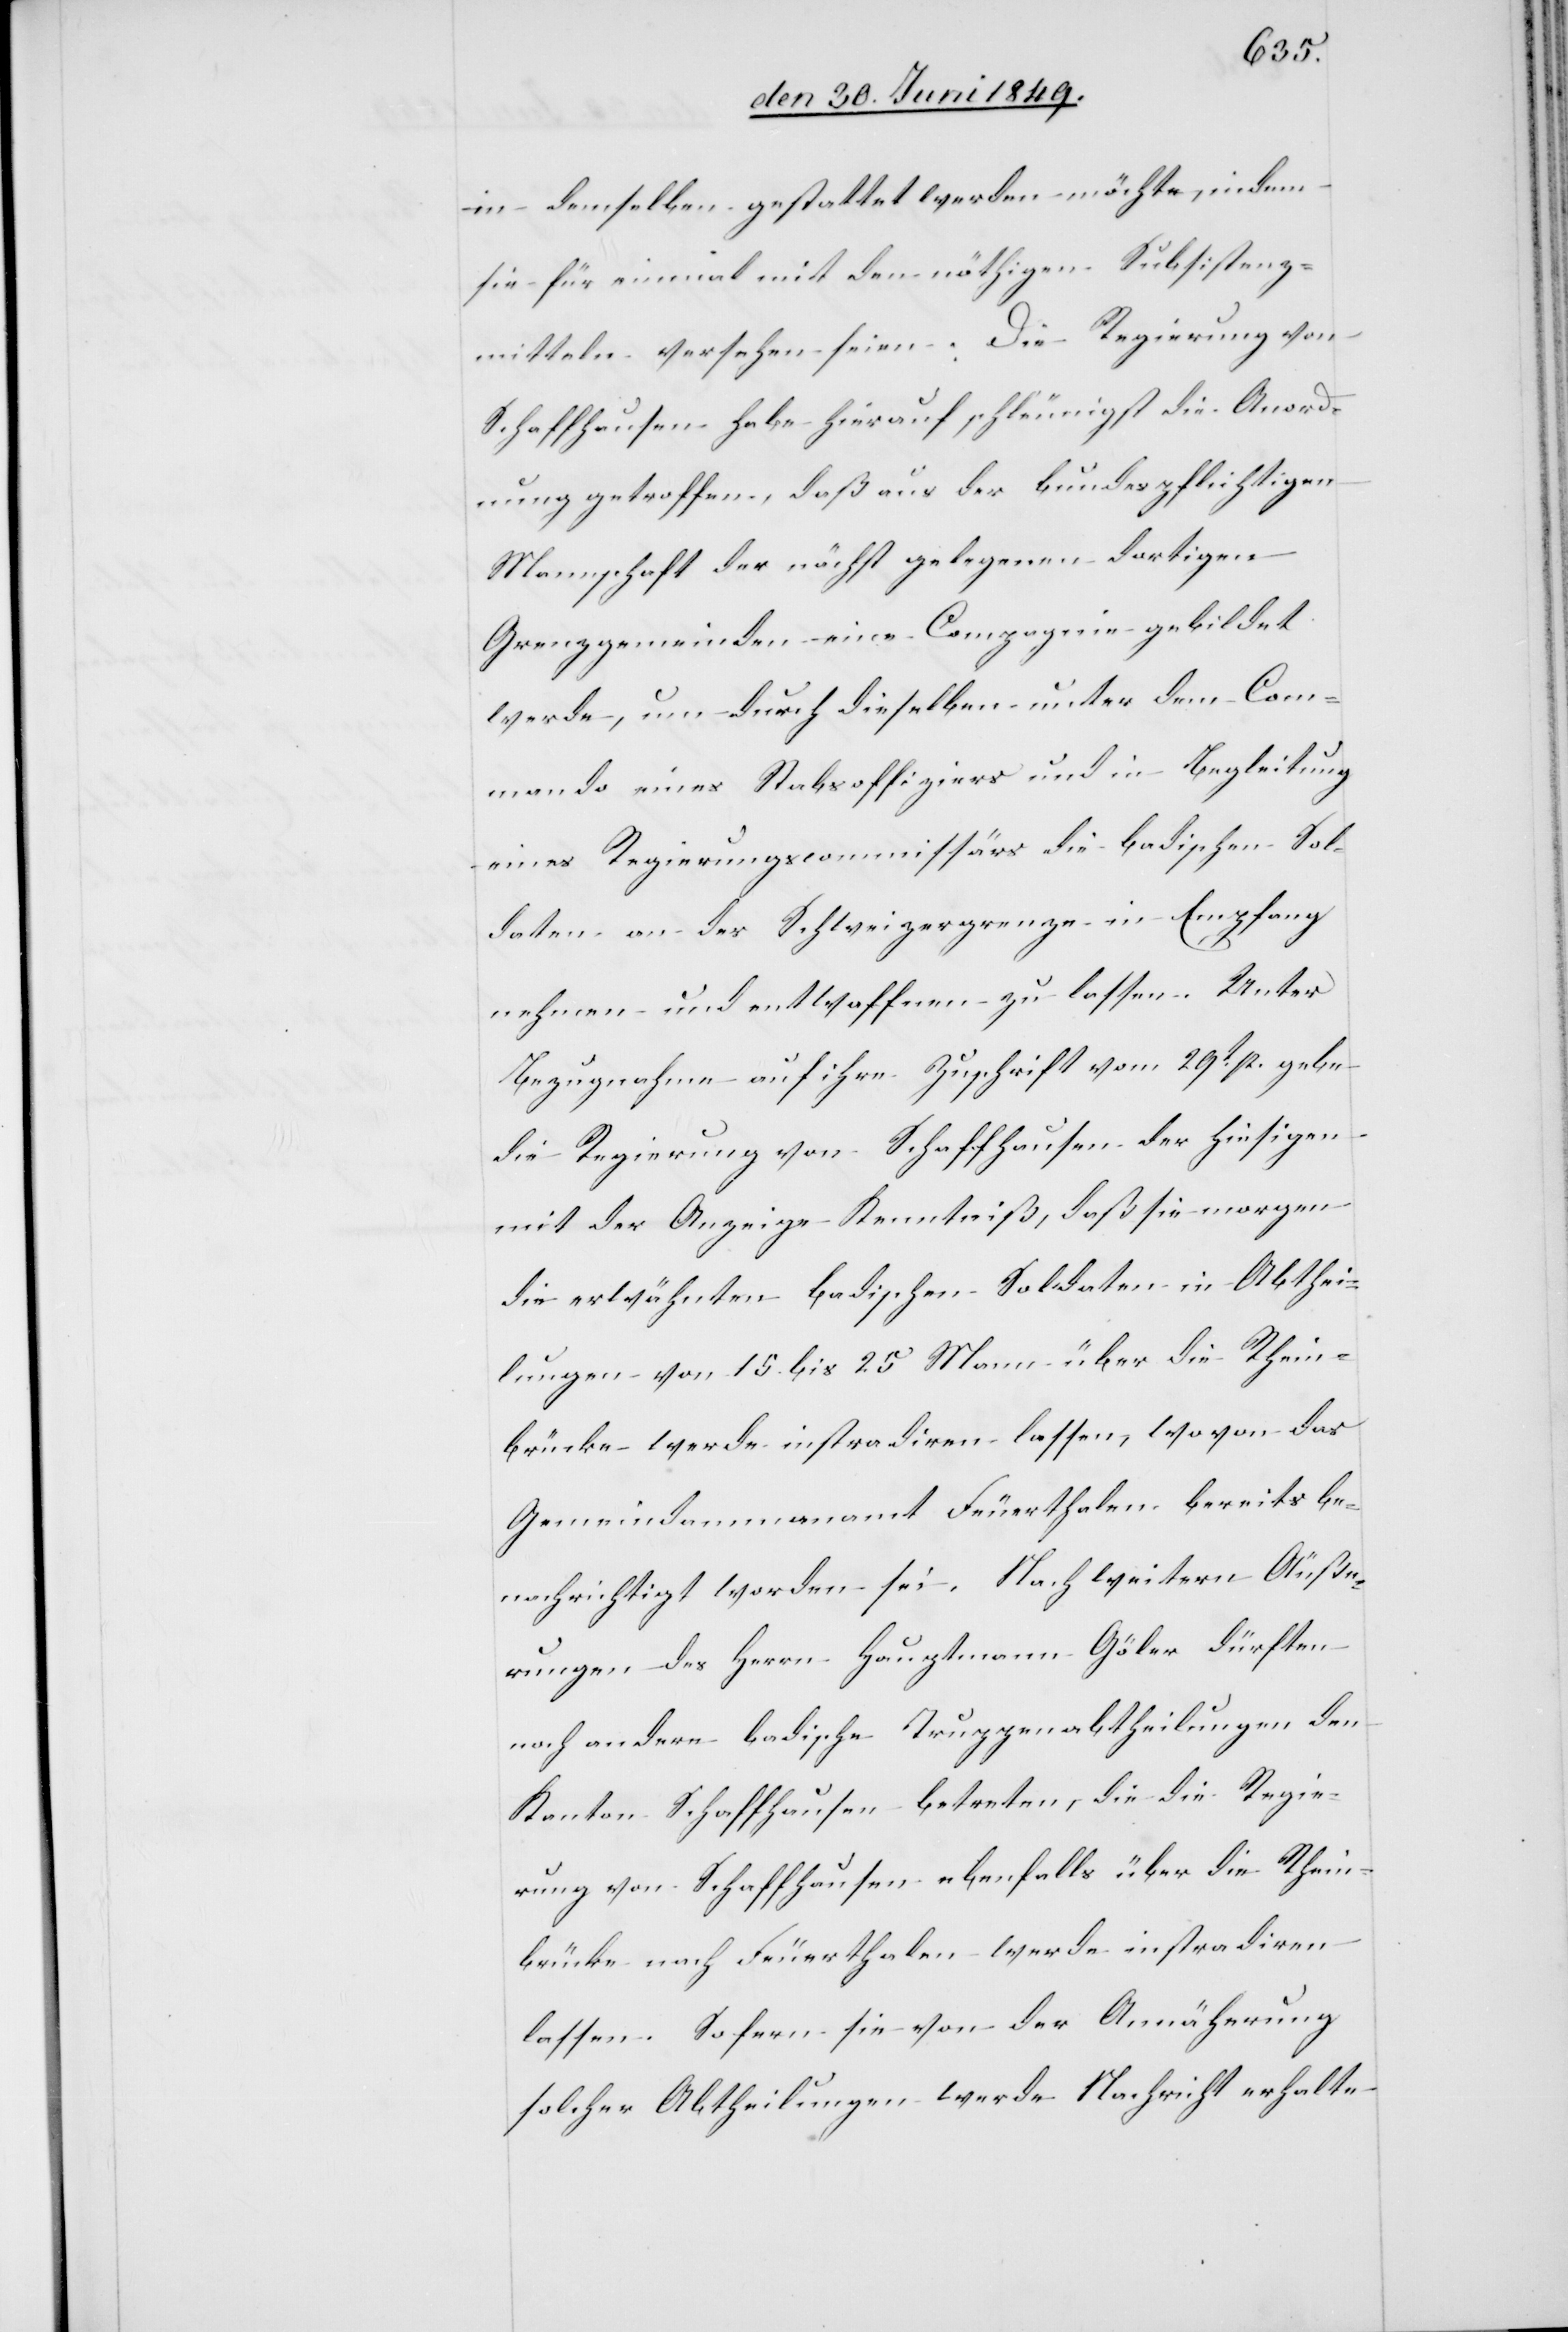
in demselben gestattet werden möchte, indem
sie für einmal mit den nöthigen Subsistenz¬
mitteln versehen seien. Die Regierung von
Schaffhausen habe hierauf schleunigst die Anord¬
nung getroffen, daß aus der bundespflichtigen
Mannschaft der nächst gelegenen dortigen
Grenzgemeinde eine Compagnie gebildet
werde, um durch dieselben unter dem Com¬
mando eines Stabsoffiziers und in Begleitung
eines Regierungscommissärs die badischen Sol¬
daten an der Schweizergrenze in Empfang
nehmen und entwaffnen zu lassen. Unter
Bezugnahme auf ihre Zuschrift vom 29t p. gebe
die Regierung von Schaffhausen der hiesigen
mit der Anzeige Kenntniß, daß sie morgen
die erwähnten badischen Soldaten in Abthei¬
lungen von 15. bis 25 Mann über die Rhein¬
brücke werde instradiren lassen, wovon das
Gemeindammannamt Feuerthalen bereits be¬
nachrichtigt worden sei. Nach weitern Äuße¬
rungen des Herrn Hauptmann Göler dürften
noch andere badische Truppenabtheilungen den
Kanton Schaffhausen betreten, die die Regie¬
rung von Schaffhausen ebenfalls über die Rhein¬
brücke nach Feuerthalen werde instradiren
lassen. Sofern sie von der Annäherung
solcher Abtheilungen werde Nachricht erhalte